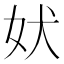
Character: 𫰋